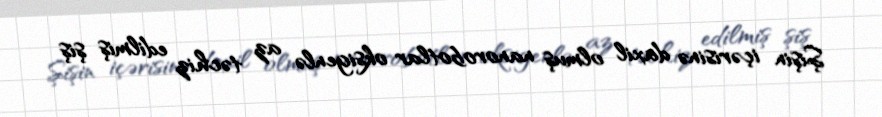
Şişin içərisinə daxil olmuş nanorobotlar oksigenlə az təchiz edilmiş şiş